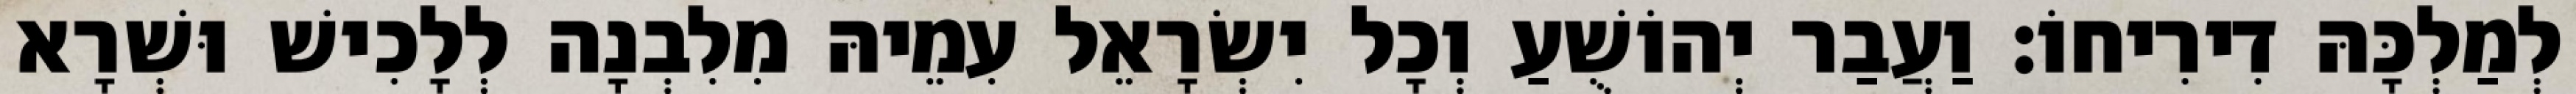
לְמַלְכָּהּ דִירִיחוֹ׃ וַעֲבַר יְהוֹשֻׁעַ וְכָל יִשְׂרָאֵל עִמֵיהּ מִלִבְנָה לְלָכִישׁ וּשְׁרָא